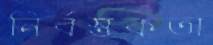
নির্বস্তুকতা